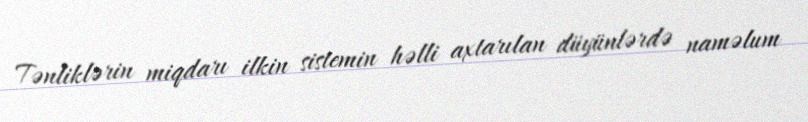
Tənliklərin miqdarı ilkin sistemin həlli axtarılan düyünlərdə naməlum